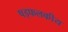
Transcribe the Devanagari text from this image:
षड्फलकीय